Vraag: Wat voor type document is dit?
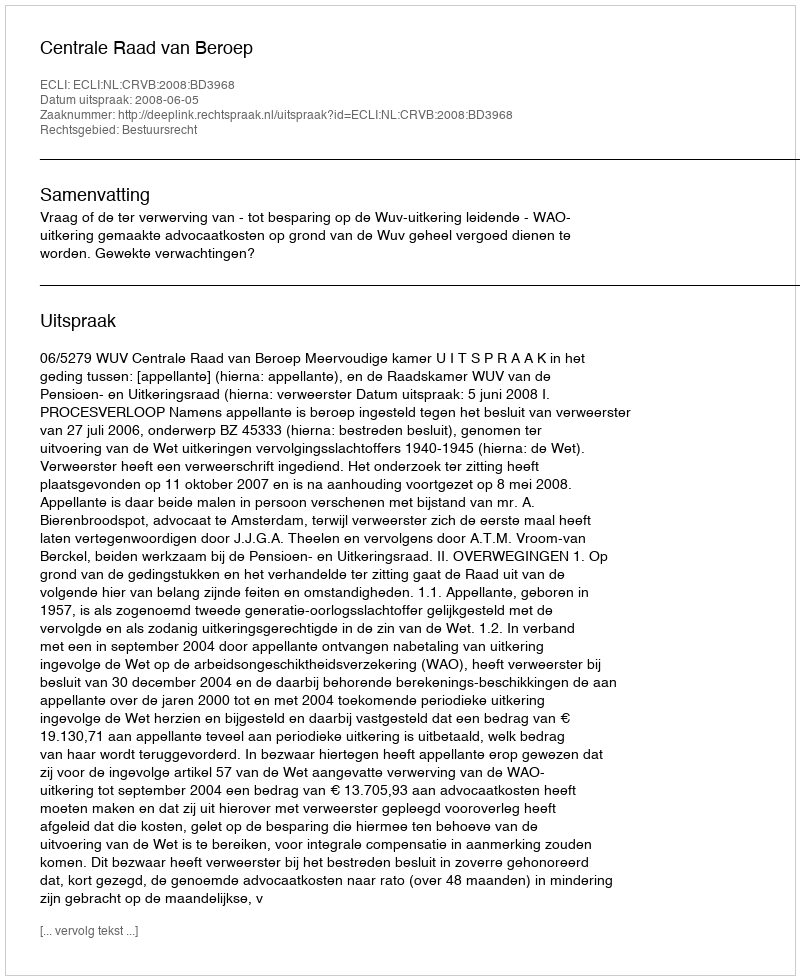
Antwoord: Uitspraak